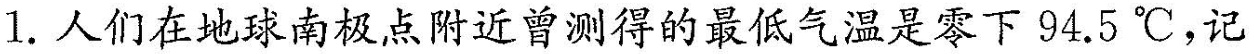
1.人们在地球南极点附近曾测得的最低气温是零下94.5℃，记